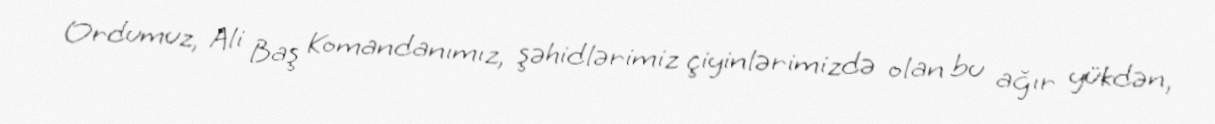
Ordumuz, Ali Baş Komandanımız, şəhidlərimiz çiyinlərimizdə olan bu ağır yükdən,